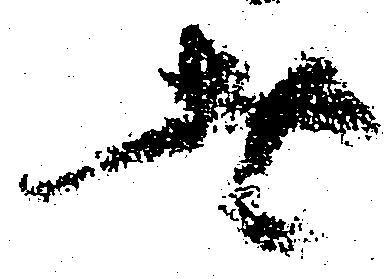
者